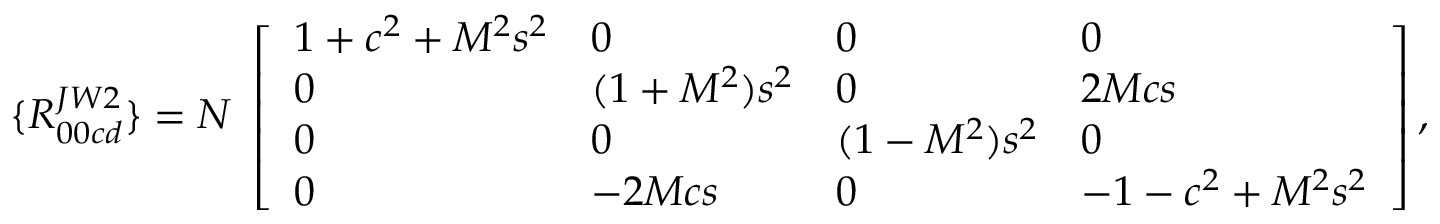
\{ R _ { 0 0 c d } ^ { J W 2 } \} = { \cal N } \; \left[ \begin{array} { l l l l } { { 1 + c ^ { 2 } + M ^ { 2 } s ^ { 2 } } } & { { 0 } } & { { 0 } } & { { 0 } } \\ { { 0 } } & { { ( 1 + M ^ { 2 } ) s ^ { 2 } } } & { { 0 } } & { { 2 M c s } } \\ { { 0 } } & { { 0 } } & { { ( 1 - M ^ { 2 } ) s ^ { 2 } } } & { { 0 } } \\ { { 0 } } & { { - 2 M c s } } & { { 0 } } & { { - 1 - c ^ { 2 } + M ^ { 2 } s ^ { 2 } } } \end{array} \right] ,